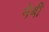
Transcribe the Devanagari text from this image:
नेबी